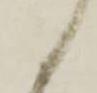
候